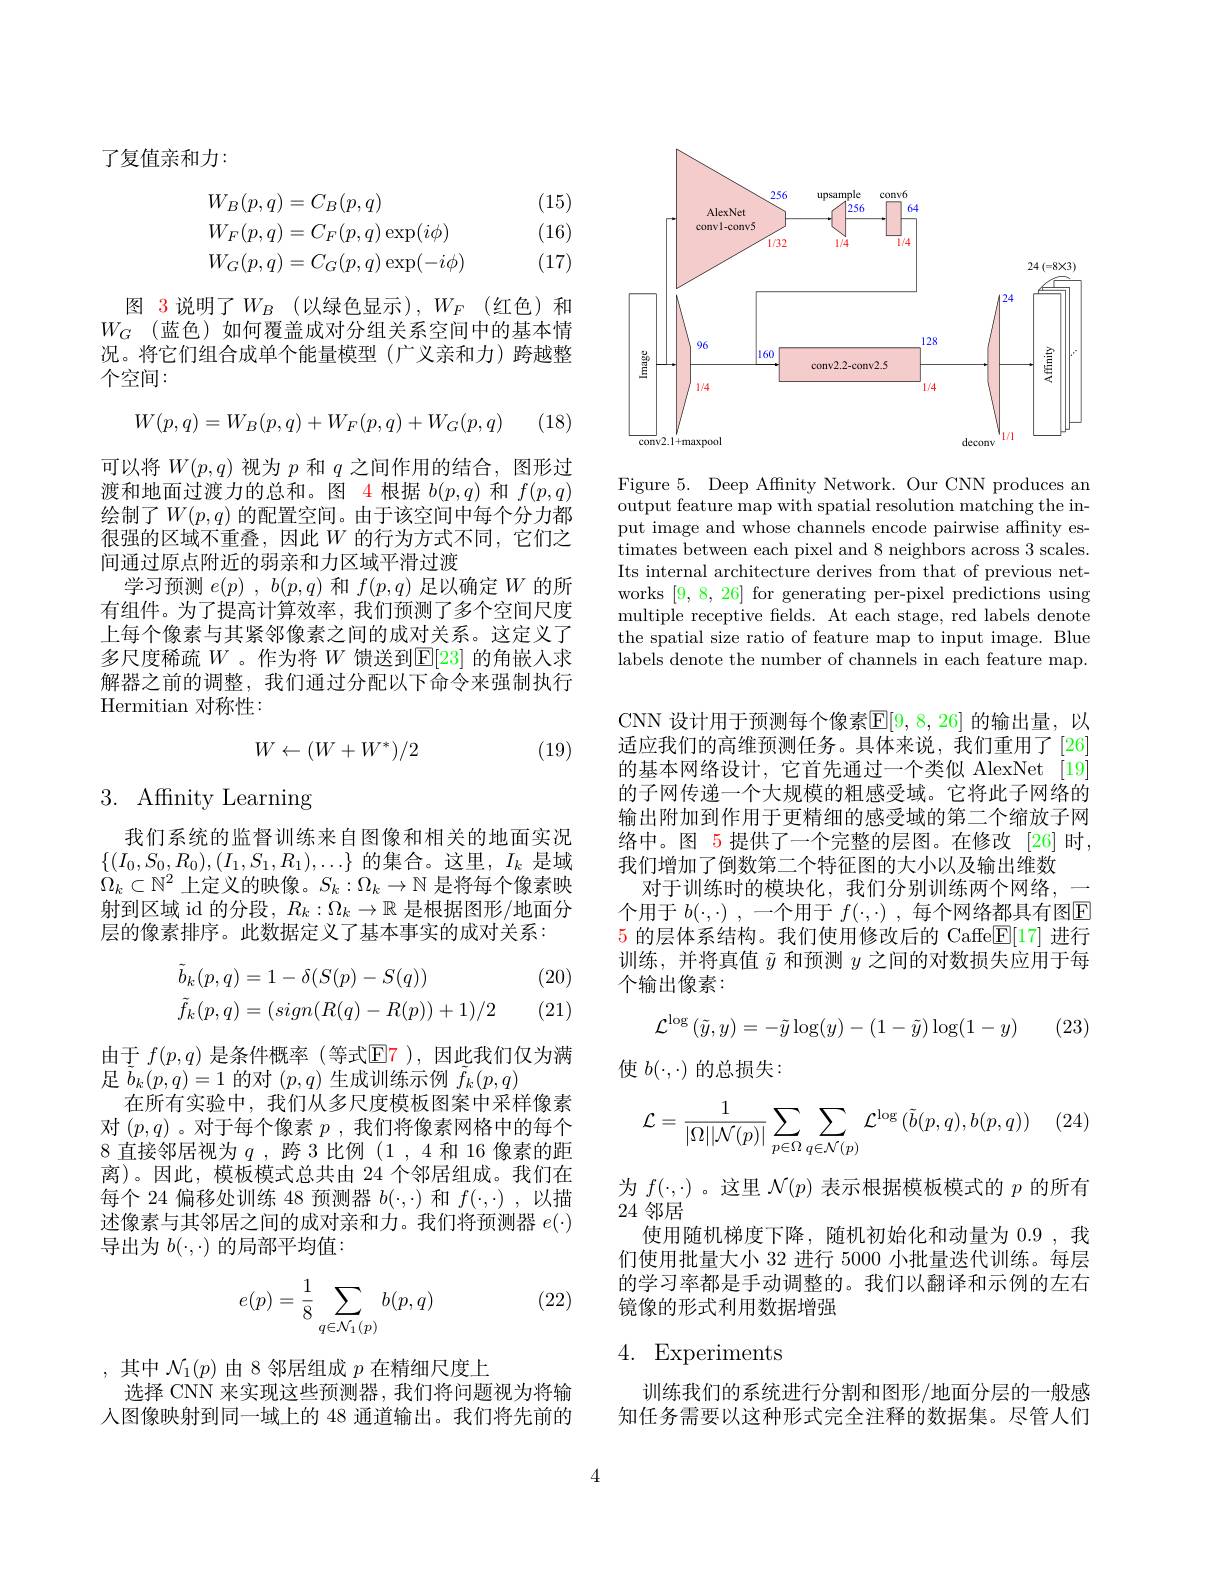
了复值亲和力：

(15)

(16)
$$\begin{aligned}&W_{B}(p,q)=C_{B}(p,q)\\&W_{F}(p,q)=C_{F}(p,q)\exp(i\phi)\\&W_{G}(p,q)=C_{G}(p,q)\exp(-i\phi)\end{aligned}$$
(17)

图 3 说明了$W_B$ (以绿色显示),$W_F$ (红色)和$W_G$ (蓝色)如何覆盖成对分组关系空间中的基本情况。将它们组合成单个能量模型(广义亲和力)跨越整个空间：

(18)
$$W(p,q)=W_B(p,q)+W_F(p,q)+W_G(p,q)$$
可以将$W(p,q)$视为$p$和$q$之间作用的结合，图形过渡和地面过渡力的总和。图 4 根据$b(p,q)$和$f(p,q)$ 绘制了$W(p,q)$ 的配置空间。由于该空间中每个分力都很强的区域不重叠，因此$W$ 的行为方式不同，它们之间通过原点附近的弱亲和力区域平滑过渡
学习预测$e(p)$ , $b(p,q)$和$f(p,q)$足以确定$W$的所有组件。为了提高计算效率，我们预测了多个空间尺度上每个像素与其紧邻像素之间的成对关系。这定义了多尺度稀疏$W$ 。作为将$W$馈送到$\mathbb{E}[23]$的角嵌人求解器之前的调整，我们通过分配以下命令来强制执行Hermitian 对称性：

(19)
$$W\leftarrow(W+W^*)/2$$
# 3. Affinity Learning

我们系统的监督训练来自图像和相关的地面实况$\{(I_{0},S_{0},R_{0}),(I_{1},S_{1},R_{1}),\ldots\}$的集合。这里，$I_k$是域$\Omega_k\subset\mathbb{N}^2$上定义的映像。$S_k:\Omega_k\to\mathbb{N}$是将每个像素映射到区域 id 的分段$,R_k:\Omega_k\to\mathbb{R}$是根据图形/地面分层的像素排序。此数据定义了基本事实的成对关系：

(20)
$$\begin{aligned}&\tilde{b}_{k}(p,q)=1-\delta(S(p)-S(q))\\&\tilde{f}_{k}(p,q)=(sign(R(q)-R(p))+1)/2\end{aligned}$$
(21)

由于 $f(p,q)$ 是条件概率(等式$\mathbb{E}$7),因此我们仅为满
足$\tilde{b}_k(p,q)=1$的对$(p,q)$生成训练示例$\tilde{f}_k(p,q)$
在所有实验中，我们从多尺度模板图案中采样像素对$(p,q)$ 。对于每个像素$p$ ,我们将像素网格中的每个8 直接邻居视为$q$,跨3比例(1,4 和16 像素的距离)。因此，模板模式总共由 24 个邻居组成。我们在每个 24 偏移处训练 48 预测器$b(\cdot,\cdot)$和$f(\cdot,\cdot)$ ,以描述像素与其邻居之间的成对亲和力。我们将预测器$e(\cdot)$ 导出为$b(\cdot,\cdot)$的局部平均值：

(22)
$$e(p)=\dfrac{1}{8}\sum\limits_{q\in\mathcal{N}_1(p)}b(p,q)$$
,其中$\mathcal{N}_1(p)$由 8 邻居组成$p$在精细尺度上
选择 CNN 来实现这些预测器，我们将问题视为将输人图像映射到同一域上的 48 通道输出。我们将先前的

<FigureHere>

Figure 5. Deep Affnity Network. Our CNN produces an output feature map with spatial resolution matching the input image and whose channels encode pairwise affinity estimates between each pixel and 8 neighbors across 3 scales. Its internal architecture derives from that of previous networks [9,8,26] for generating per-pixel predictions using multiple receptive felds. At each stage, red labels denote the spatial size ratio of feature map to input image. Blue $\hat{\text{labels denote the number of channels in each feature map}}.$

CNN 设计用于预测每个像素$\mathbb{E}[9,8,26]$ 的输出量，以适应我们的高维预测任务。具体来说，我们重用了[26] 的基本网络设计，它首先通过一个类似 AlexNet [19] 的子网传递一个大规模的粗感受域。它将此子网络的输出附加到作用于更精细的感受域的第二个缩放子网络中。图 5 提供了一个完整的层图。在修改 [26] 时， 我们增加了倒数第二个特征图的大小以及输出维数
对于训练时的模块化，我们分别训练两个网络，一个用于$b(\cdot,\cdot)$ ,一个用于$f(\cdot,\cdot)$ ,每个网络都具有图E 5的层体系结构。我们使用修改后的 Caffe$\mathbb{E}[17]$进行训练，并将真值$\tilde{y}$和预测$y$之间的对数损失应用于每个输出像素：
$$\mathcal{L}^{\log}\left(\tilde{y},y\right)=-\tilde{y}\log(y)-(1-\tilde{y})\log(1-y)$$
(23)

使$b(\cdot,\cdot)$的总损失：
$$\mathcal{L}=\frac{1}{|\Omega||\mathcal{N}(p)|}\sum_{p\in\Omega}\sum_{q\in\mathcal{N}(p)}\mathcal{L}^{\log}{(\tilde{b}(p,q),b(p,q))}$$
为$f(\cdot,\cdot)$ 。这里$\mathcal{N}(p)$表示根据模板模式的$p$的所有
24 邻居

使用随机梯度下降，随机初始化和动量为 0.9 ,我们使用批量大小 32 进行 5000 小批量迭代训练。每层的学习率都是手动调整的。我们以翻译和示例的左右镜像的形式利用数据增强

# 4. Experiments

训练我们的系统进行分割和图形/地面分层的一般感知任务需要以这种形式完全注释的数据集。尽管人们

4